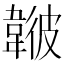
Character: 𩏃